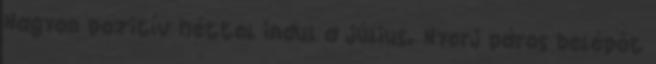
Nagyon pozitív héttel indul a július. Nyerj páros belépőt